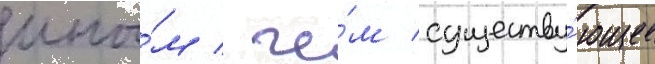
ины́м / че́м существу́ющее